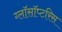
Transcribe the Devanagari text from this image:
ग्लॉसॉप्टरिस